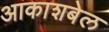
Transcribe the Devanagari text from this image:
आकाशबेल